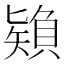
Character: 𰦠